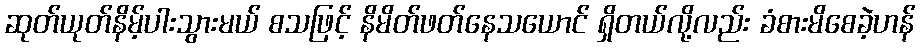
ဆုတ်ယုတ်နိမ့်ပါးသွားမယ် စသဖြင့် နိမိတ်ဖတ်နေသယောင် ရှိတယ်လို့လည်း ခံစားမိစေခဲ့ဟန်